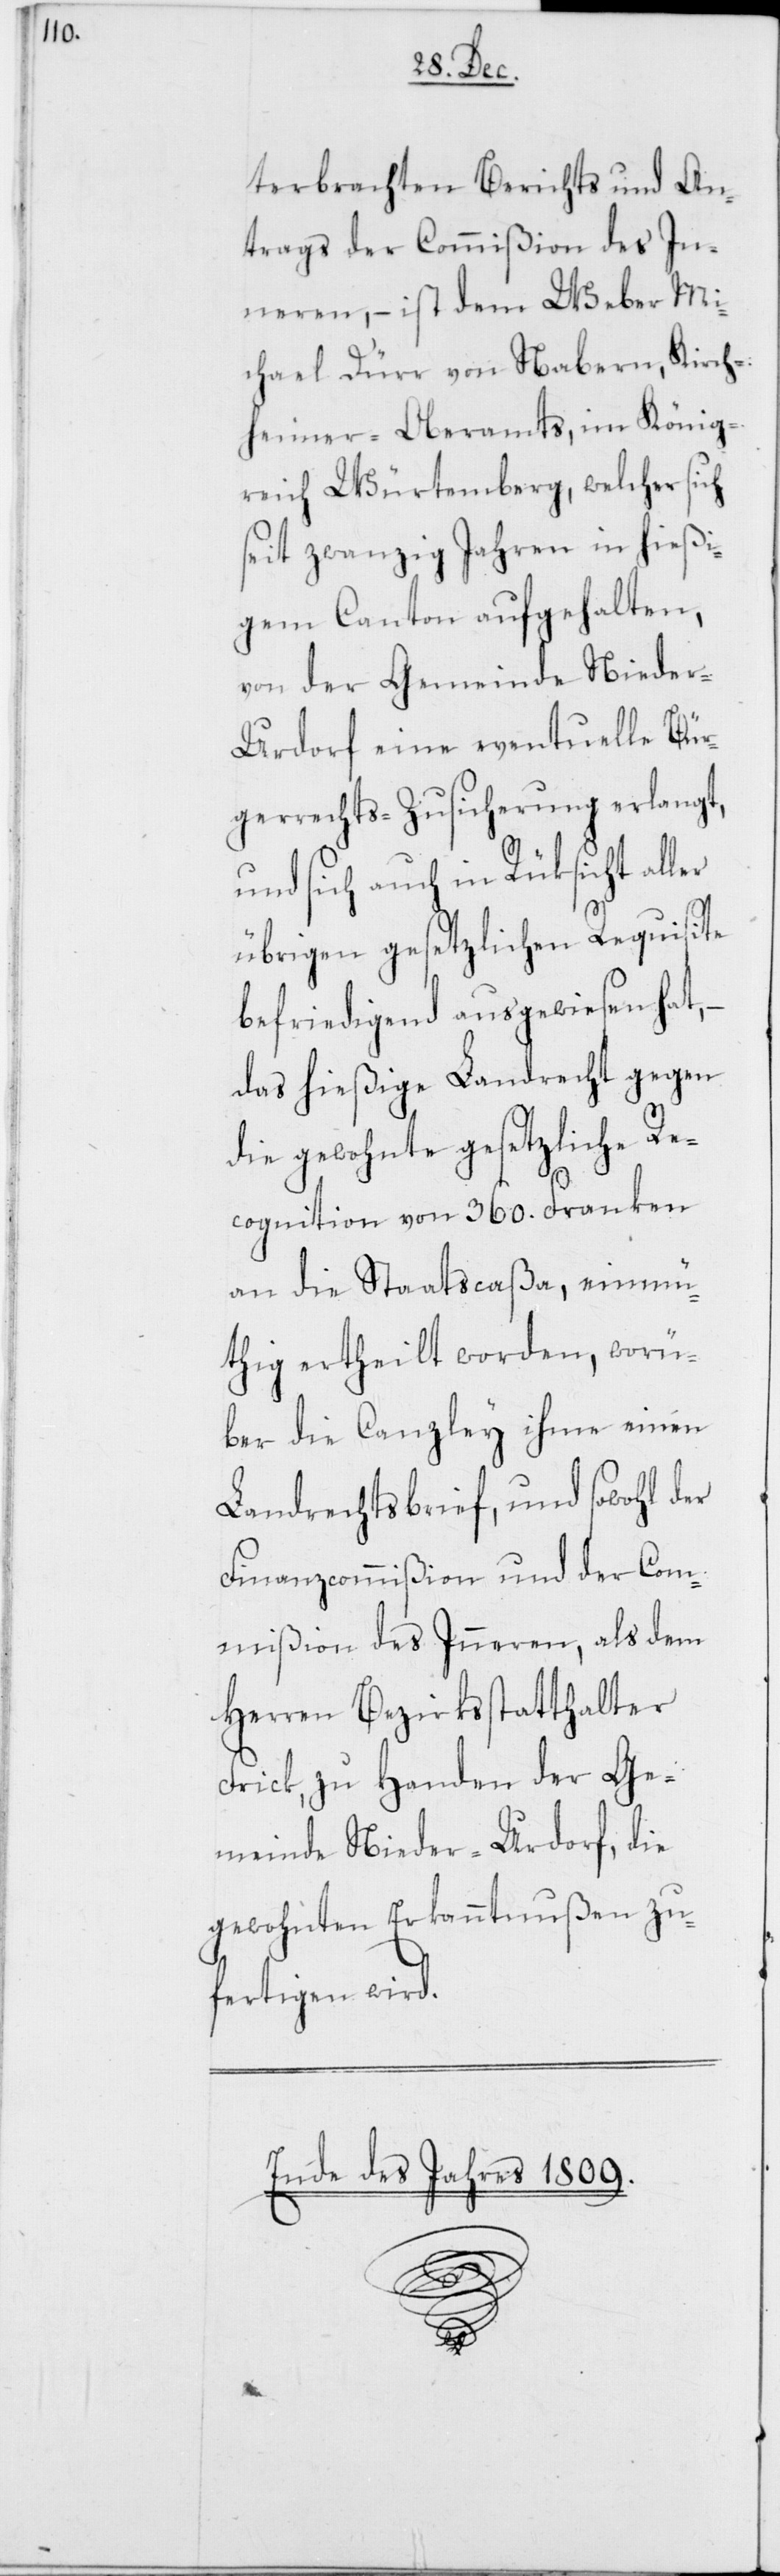
terbrachten Berichts und An¬
trags der Commißion des In¬
neren, – ist dem Weber Mi¬
chael Dürr von Nabern, Kirch¬
heimer-Oberamts, im König¬
reich Würtemberg, welcher sich
seit zwanzig Jahren in hießi¬
gem Canton aufgehalten,
von der Gemeinde Niede¬
r-Urdorf eine eventuelle Bür¬
gerrechts-Zusicherung erlangt,
und sich auch in Rüksicht aller
übrigen gesetzlichen Requisite
befriedigend ausgewiesen hat,
das hießige Landrecht gegen
die gewohnte gesetzliche Re¬
cognition von 360. Franken
an die Staatscaßa, einmü¬
thig ertheilt worden, worü¬
ber die Canzley ihme einen
Landrechtsbrief, und sowohl der
Finanzcommißion und der Com¬
mißion des Inneren, als dem
Herren Bezirksstatthalter
Frick, zu Handen der Ge¬
meinde Nieder-Urdorf, die
gewohnten Erkanntnußen zu¬
fertigen wird.